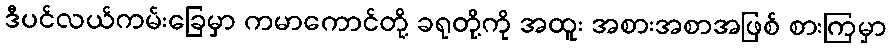
ဒီပင်လယ်ကမ်းခြေမှာ ကမာကောင်တို့ ခရုတို့ကို အထူး အစားအစာအဖြစ် စားကြမှာ